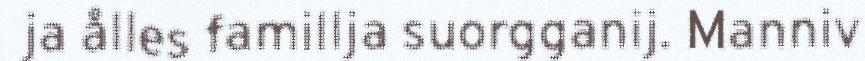
ja ålles famillja suorgganij. Manniv